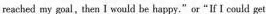
reached my goal,then Iwould be happy.“ or"If I could get